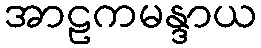
အာဠကမန္ဒာယ